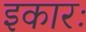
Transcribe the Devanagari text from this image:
इकारः